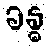
ခန္ဓ